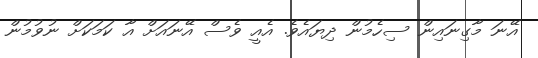
އޭނަ މާގިނައިން ސިހެމުން ދިޔައެވެ. އެއީ ވެސް އޭނައަށް އާ ކަމަކަށް ނުވުމުން